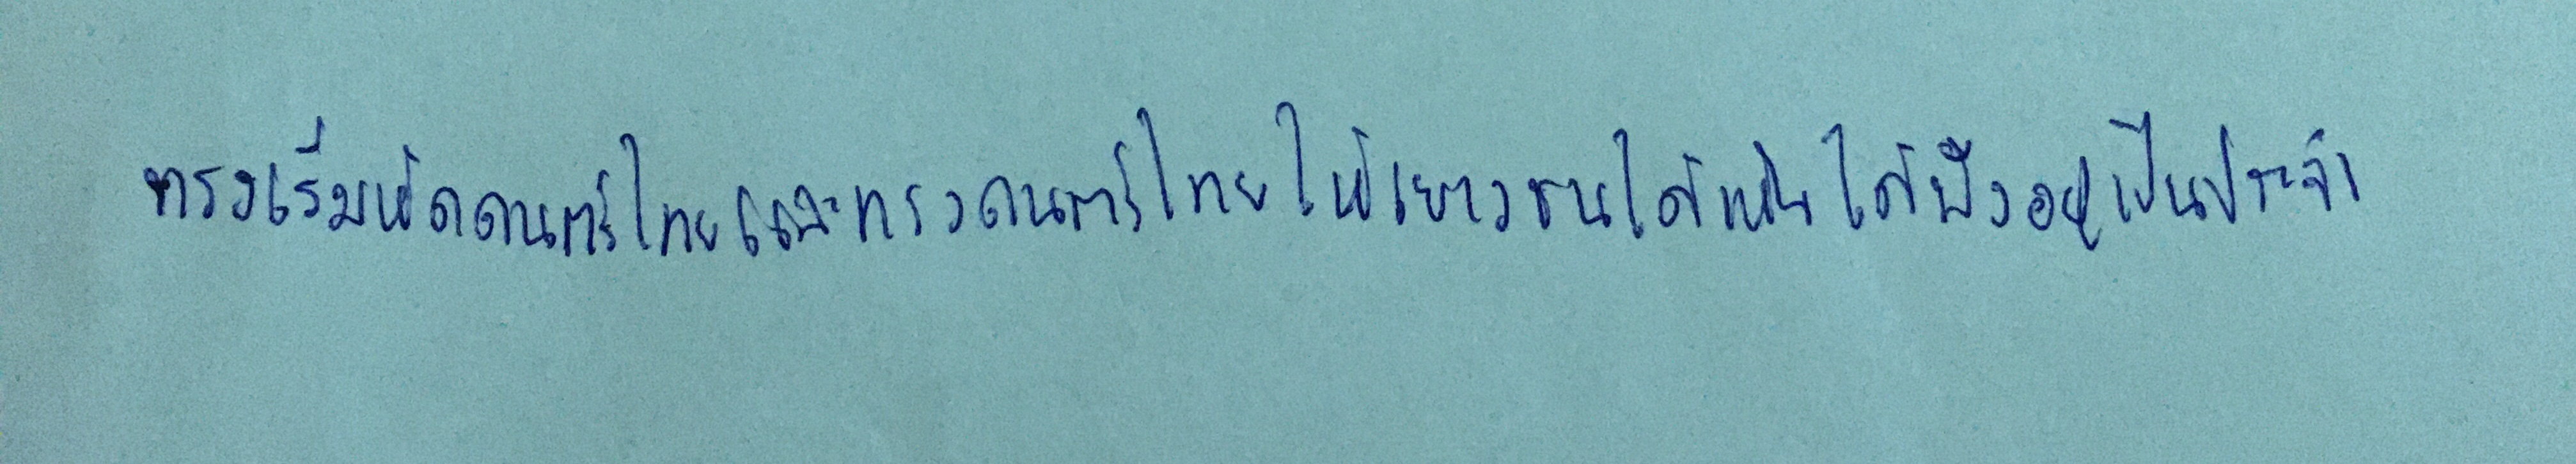
ทรงเริ่มหัดดนตรีไทยและทรงดนตรีไทยให้เยาวชนได้เห็นได้ฟังอยู่เป็นประจำ